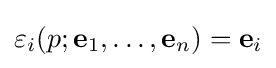
\varepsilon _{i}(p;\mathbf {e} _{1},\dots ,\mathbf {e} _{n})=\mathbf {e} _{i}